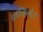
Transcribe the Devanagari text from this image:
प्राॅविन्सेज़